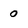
Character: 0